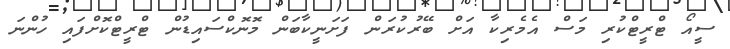
ސީއޯ ޓްރީޓްކުރި މަސް އެމެރިކާ އަށް ބޭރުކުރަން ފަށަނީކާބަން މޮނޮކްސައިޑުން ޓްރީޓްކޮށްފައި ހުންނަ